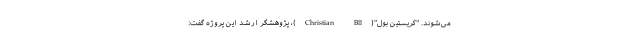
می‌شوند. "کریستین بول"(Christian Bll)، پژوهشگر ارشد این پروژه گفت: